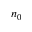
n _ { 0 }